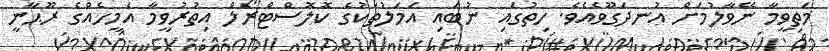
މަތިވީމާ ނޭވާލުމަށް އުނދަގޫވެއެވެ. ހިތުގައި ނުބައި އަމަލުތަކުގެ ކޮލޮސްޓްރޯލް އިތުރުވީމާ އެމީހެއްގެ ރޫޙާނީ